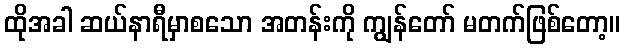
ထိုအခါ ဆယ်နာရီမှာစသော အတန်းကို ကျွန်တော် မတက်ဖြစ်တော့။